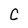
Character: C